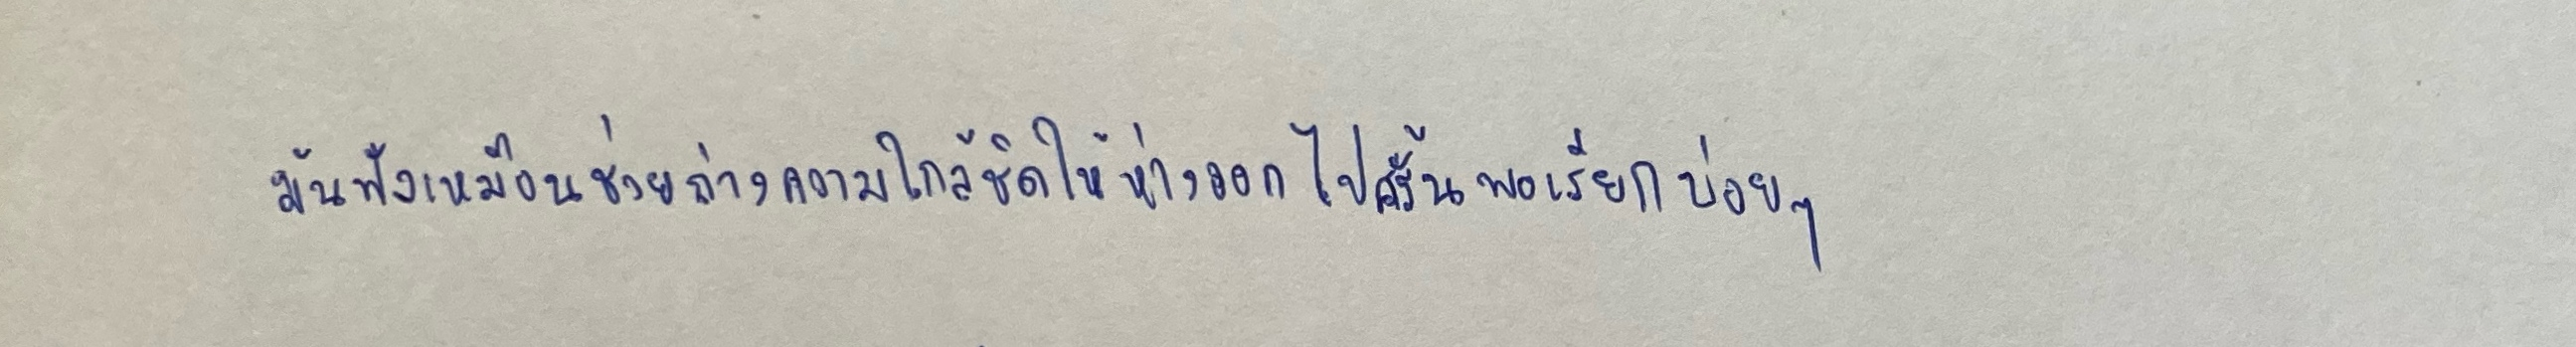
มันฟังเหมือนช่วยถ่างความใกล้ชิดให้ห่างออกไปครั้นพอเรียกบ่อยๆ